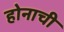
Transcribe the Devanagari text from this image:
होनाची